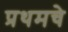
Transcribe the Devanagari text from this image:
प्रथमचे